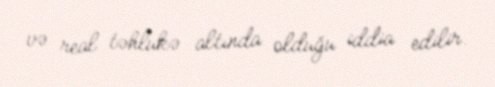
və real təhlükə altında olduğu iddia edilir.